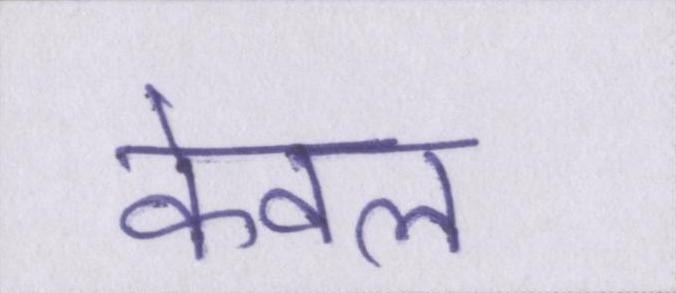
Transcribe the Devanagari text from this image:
केवल